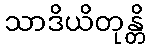
သာဒိယိတုန္တိ